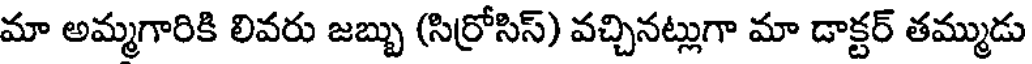
మా అమ్మగారికి లివరు జబ్బు (సిర్రోసిస్) వచ్చినట్లుగా మా డాక్టర్ తమ్ముడు